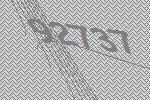
92737